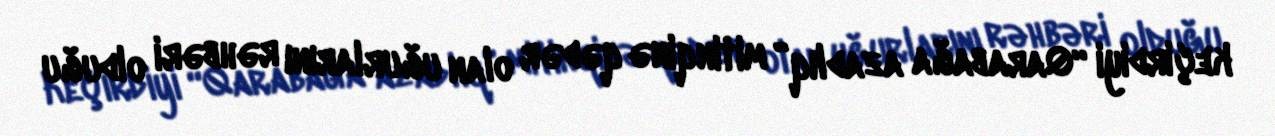
keçirdiyi “Qarabağa azadlıq” mitinqinə qədər olan uğurlarını rəhbəri olduğu